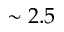
\sim 2 . 5